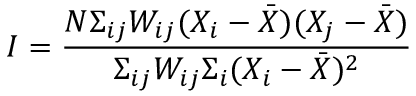
I = \frac { N \Sigma _ { i j } W _ { i j } ( X _ { i } - \bar { X } ) ( X _ { j } - \bar { X } ) } { \Sigma _ { i j } W _ { i j } \Sigma _ { i } ( X _ { i } - \bar { X } ) ^ { 2 } }